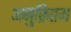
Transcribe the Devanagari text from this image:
अनुक्रितम